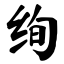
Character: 绚